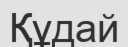
Құдай